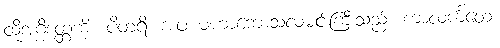
ထိုအဂ္ဂိဒတ္တကို။ ပိတရိ၊ အဖ မဟာကောသလမင်းကြီးသည်။ ကာလင်္ကတေ၊